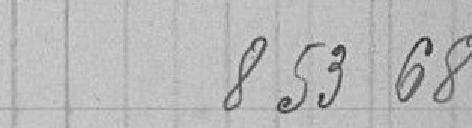
853.68